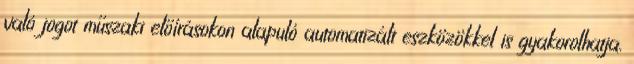
való jogot műszaki előírásokon alapuló automatizált eszközökkel is gyakorolhatja.